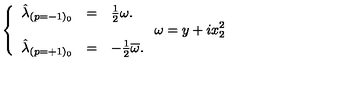
\left\{ \begin{array} { r c l } { \hat { \lambda } _ { ( p = - 1 ) _ { 0 } } } & { = } & { { \textstyle \frac { 1 } { 2 } } \omega . } \\ { } & { } & { } \\ { \hat { \lambda } _ { ( p = + 1 ) _ { 0 } } } & { = } & { - { \textstyle \frac { 1 } { 2 } } \overline { { \omega } } . } \\ \end{array} \right. \omega = y + i x _ { 2 } ^ { 2 }